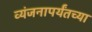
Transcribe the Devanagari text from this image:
व्यंजनापर्यंतच्या